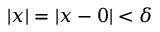
| x | = | x - 0 | < \delta